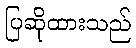
ပြဆိုထားသည်